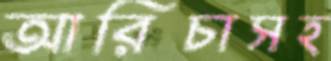
আরিচাসহ